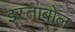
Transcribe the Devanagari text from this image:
इस्ताबोल